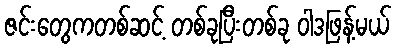
ဇင်းတွေကတစ်ဆင့် တစ်ခုပြီးတစ်ခု ဝါဒဖြန့်မယ်